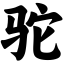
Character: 驼